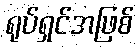
ရုပ်ရှင်အဖြစ်